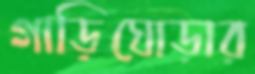
গাড়িঘোড়ার